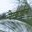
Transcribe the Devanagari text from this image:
वेदकार्याला